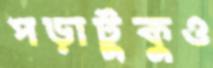
পড়াটুকুও